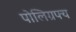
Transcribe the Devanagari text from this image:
पोलिग्रफ्य